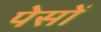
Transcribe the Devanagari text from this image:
पेसों